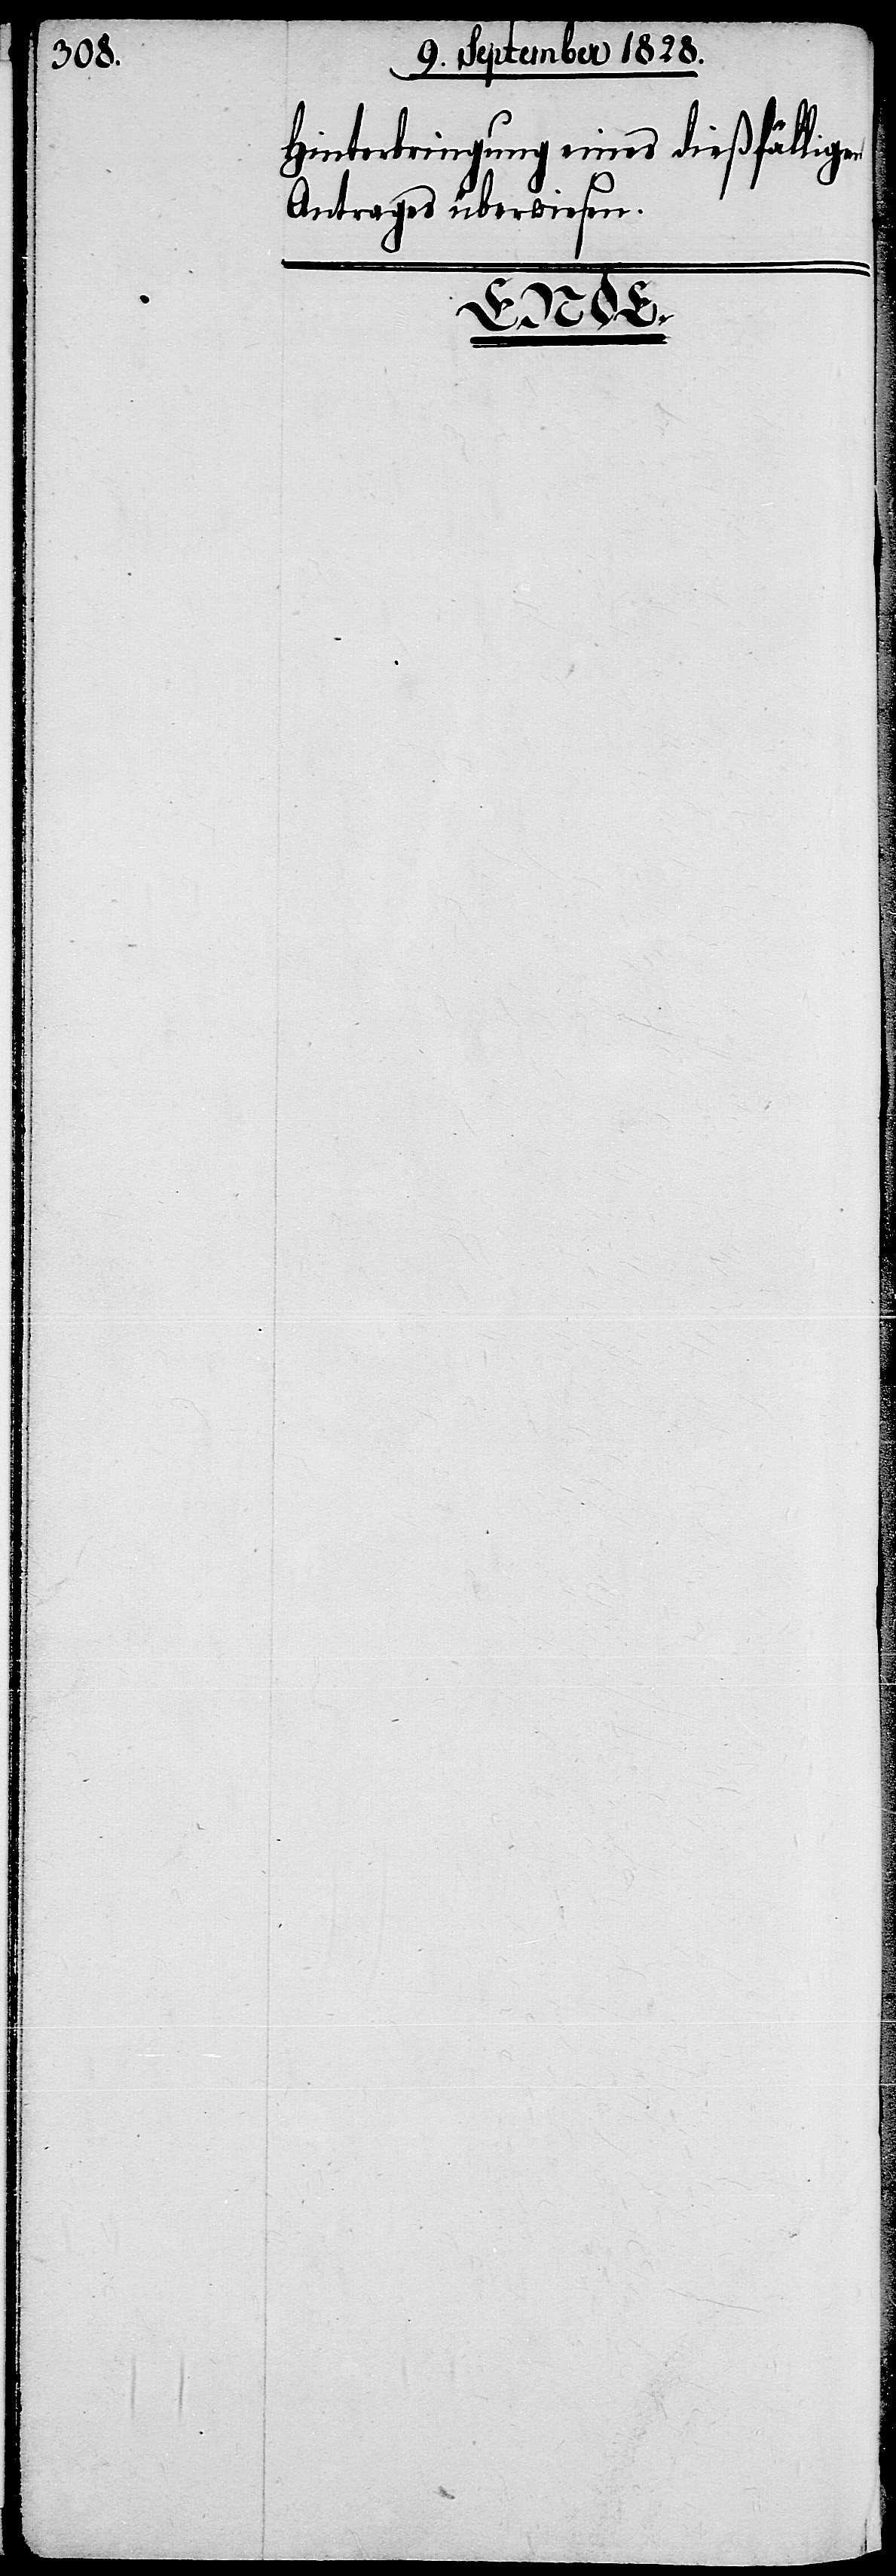
Hinterbringung eines dießfälligen
Antrages überwiesen.